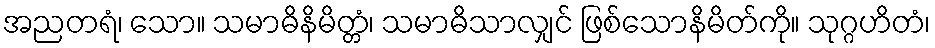
အညတရံ၊ သော။ သမာဓိနိမိတ္တံ၊ သမာဓိသာလျှင် ဖြစ်သောနိမိတ်ကို။ သုဂ္ဂဟိတံ၊